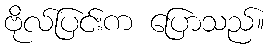
ဗိုလ်ပြင်းက ပြောသည်။